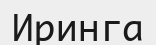
Иринга